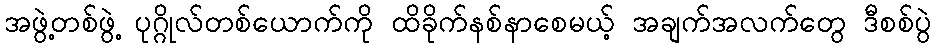
အဖွဲ့တစ်ဖွဲ့ ပုဂ္ဂိုလ်တစ်ယောက်ကို ထိခိုက်နစ်နာစေမယ့် အချက်အလက်တွေ ဒီစစ်ပွဲ